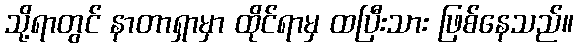
သို့ရာတွင် နာတာရှာမှာ ထိုင်ရာမှ ထပြီးသား ဖြစ်နေသည်။